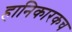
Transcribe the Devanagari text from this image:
हानिकारकच